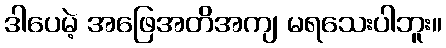
ဒါပေမဲ့ အဖြေအတိအကျ မရသေးပါဘူး။